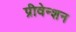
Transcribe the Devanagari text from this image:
प्रीवेन्शन